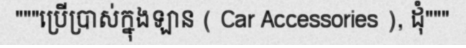
"""ប្រើប្រាស់ក្នុងឡាន ( Car Accessories ), ដុំ"""